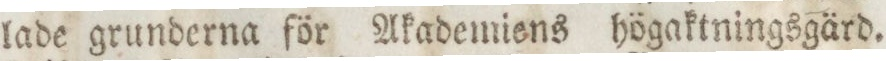
lade grunderna för Akademiens högaktningsgärd.